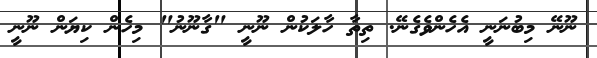
ނޫނޭ މިބުނަނީ އެހެންވެގެނޭ. ތިތާ ހާލަކުން ނޫނީ "ގާނޫނު" މިހެން ކިޔަން ނޫނީ